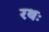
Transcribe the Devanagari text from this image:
रथः